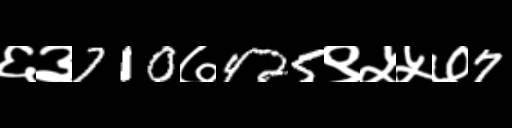
Text: ६३710७425९५५७7